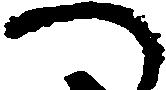
へ